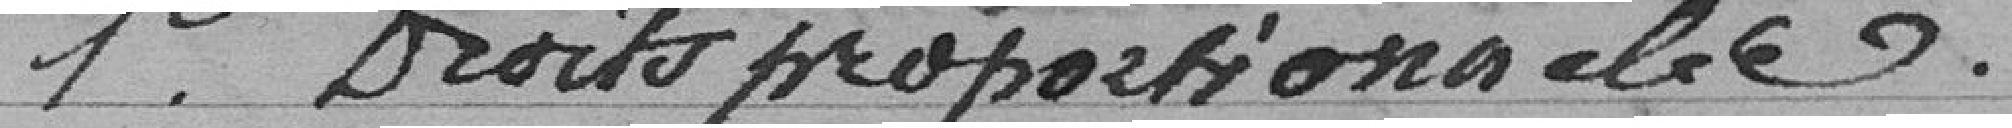
1er droits proportionnels